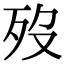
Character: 歿